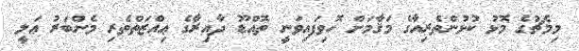
މިމެޗުގެ މޮޅު ކުޅުންތެރިއާގެ މަޤާމަށް ހޮވިފައިވަނީ ތޮއްޑޫ ދާއިރާގެ ޢިއްޒަތްތެރި މެންބަރު ޢަލީ